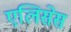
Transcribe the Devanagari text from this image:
एलिसेस